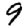
Digit: 9